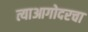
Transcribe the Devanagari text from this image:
त्याआगोदरचा